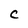
Character: C